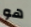
هو